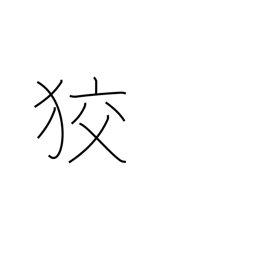
Meaning: crafty